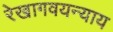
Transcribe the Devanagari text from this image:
रेखागवयन्याय